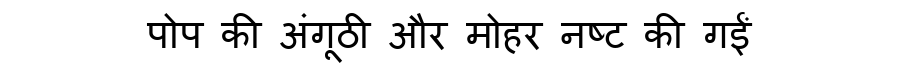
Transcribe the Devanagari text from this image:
पोप की अंगूठी और मोहर नष्ट की गईं